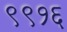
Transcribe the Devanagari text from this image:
९९१६